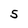
Character: S